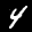
Label: 4